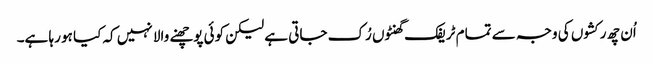
اُن چھ رکشوں کی وجہ سے تمام ٹریفک گھنٹوں رُک جاتی ہے لیکن کوئی پوچھنے والا نہیں کہ کیا ہو رہا ہے۔